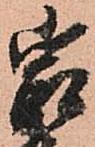
最